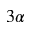
3 \alpha